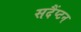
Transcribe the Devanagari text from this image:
सदैंप्टन